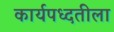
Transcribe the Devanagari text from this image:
कार्यपध्दतीला